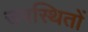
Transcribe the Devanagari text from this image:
उपस्थितों